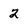
Character: 2